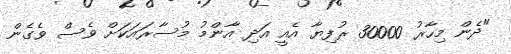
"ދެން މިހާރު 30000 ރުފިޔާ އެއީ އަދި އާންމު މުސާރައަކަށް ވެސް ވެގެން